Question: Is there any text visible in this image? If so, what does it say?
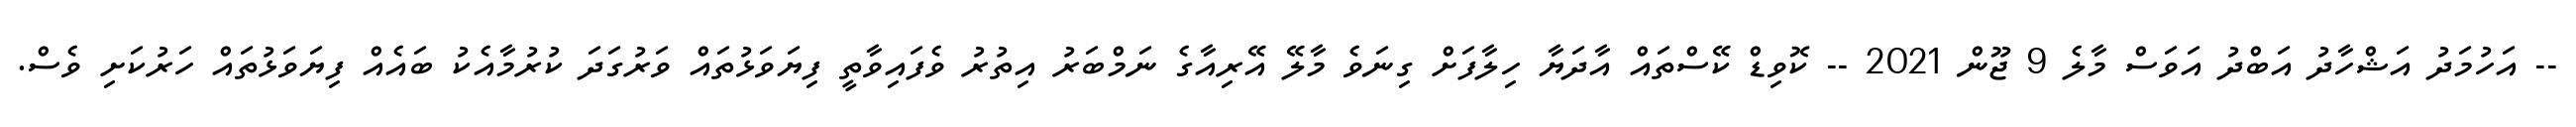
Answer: -- އަހުމަދު އަޝްހާދު އަބްދު އަވަސް މާލެ 9 ޖޫން 2021 -- ކޮވިޑް ކޭސްތައް އާދަޔާ ހިލާފަށް ގިނަވެ މާލޭ އޭރިއާގެ ނަމްބަރު އިތުރު ވެފައިވާތީ ފިޔަވަޅުތައް ވަރުގަދަ ކުރުމާއެކު ބައެއް ފިޔަވަޅުތައް ހަރުކަށި ވެސް.